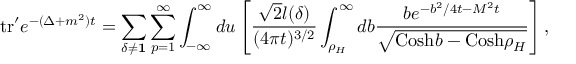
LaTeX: \mathrm { t r } ^ { \prime } e ^ { - ( \Delta + m ^ { 2 } ) t } = \sum _ { \delta \neq { \bf 1 } } \sum _ { p = 1 } ^ { \infty } \int _ { - \infty } ^ { \infty } d u \left[ { \frac { { \sqrt { 2 } } l ( \delta ) } { ( 4 \pi t ) ^ { 3 / 2 } } } \int _ { \rho _ { H } } ^ { \infty } d b { \frac { b e ^ { - b ^ { 2 } / 4 t - M ^ { 2 } t } } { { \sqrt { \mathrm { C o s h } b - \mathrm { C o s h } \rho _ { H } } } } } \right] ,